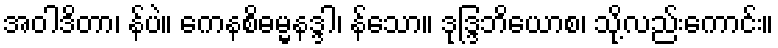
အဝါဒိတာ၊ န်ပဲ။ ကေနစိဓမ္မနဒ္ဒါ၊ န်သော။ ဒုဒ္ဒြဘိယောစ၊ သို့လည်းကောင်း။